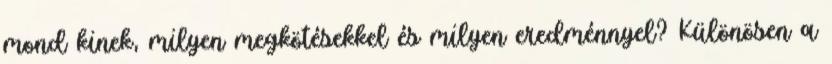
mond kinek, milyen megkötésekkel és milyen eredménnyel? Különösen a